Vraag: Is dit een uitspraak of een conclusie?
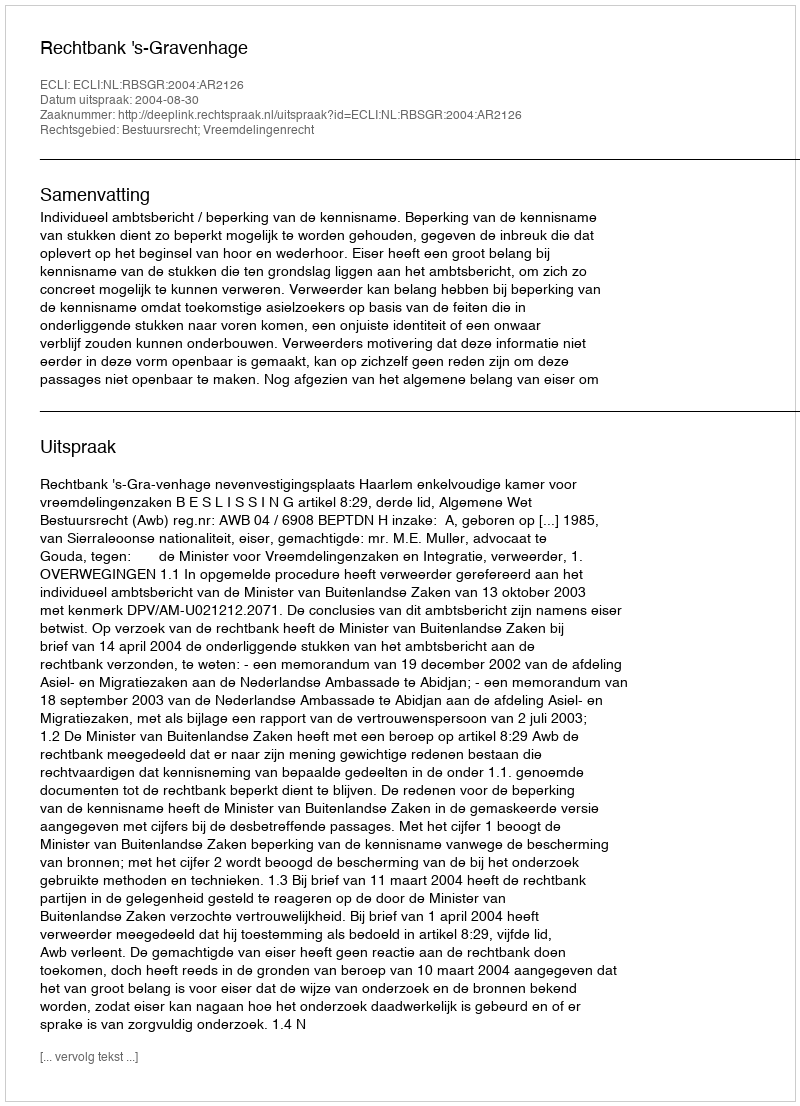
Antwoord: Uitspraak